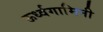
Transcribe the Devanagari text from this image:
ऊर्ध्वगामिनी